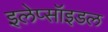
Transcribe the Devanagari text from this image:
इलेप्सॉइडल